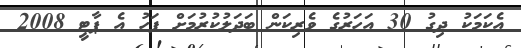
އެކަމަކު ދިގު 30 އަހަރުގެ ވެރިކަން ބަދަލުކުރުމަށް ފަހު އެ ޕާޓީ 2008